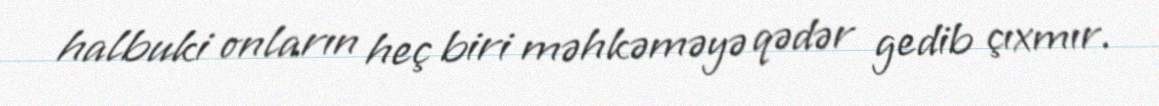
halbuki onların heç biri məhkəməyə qədər gedib çıxmır.